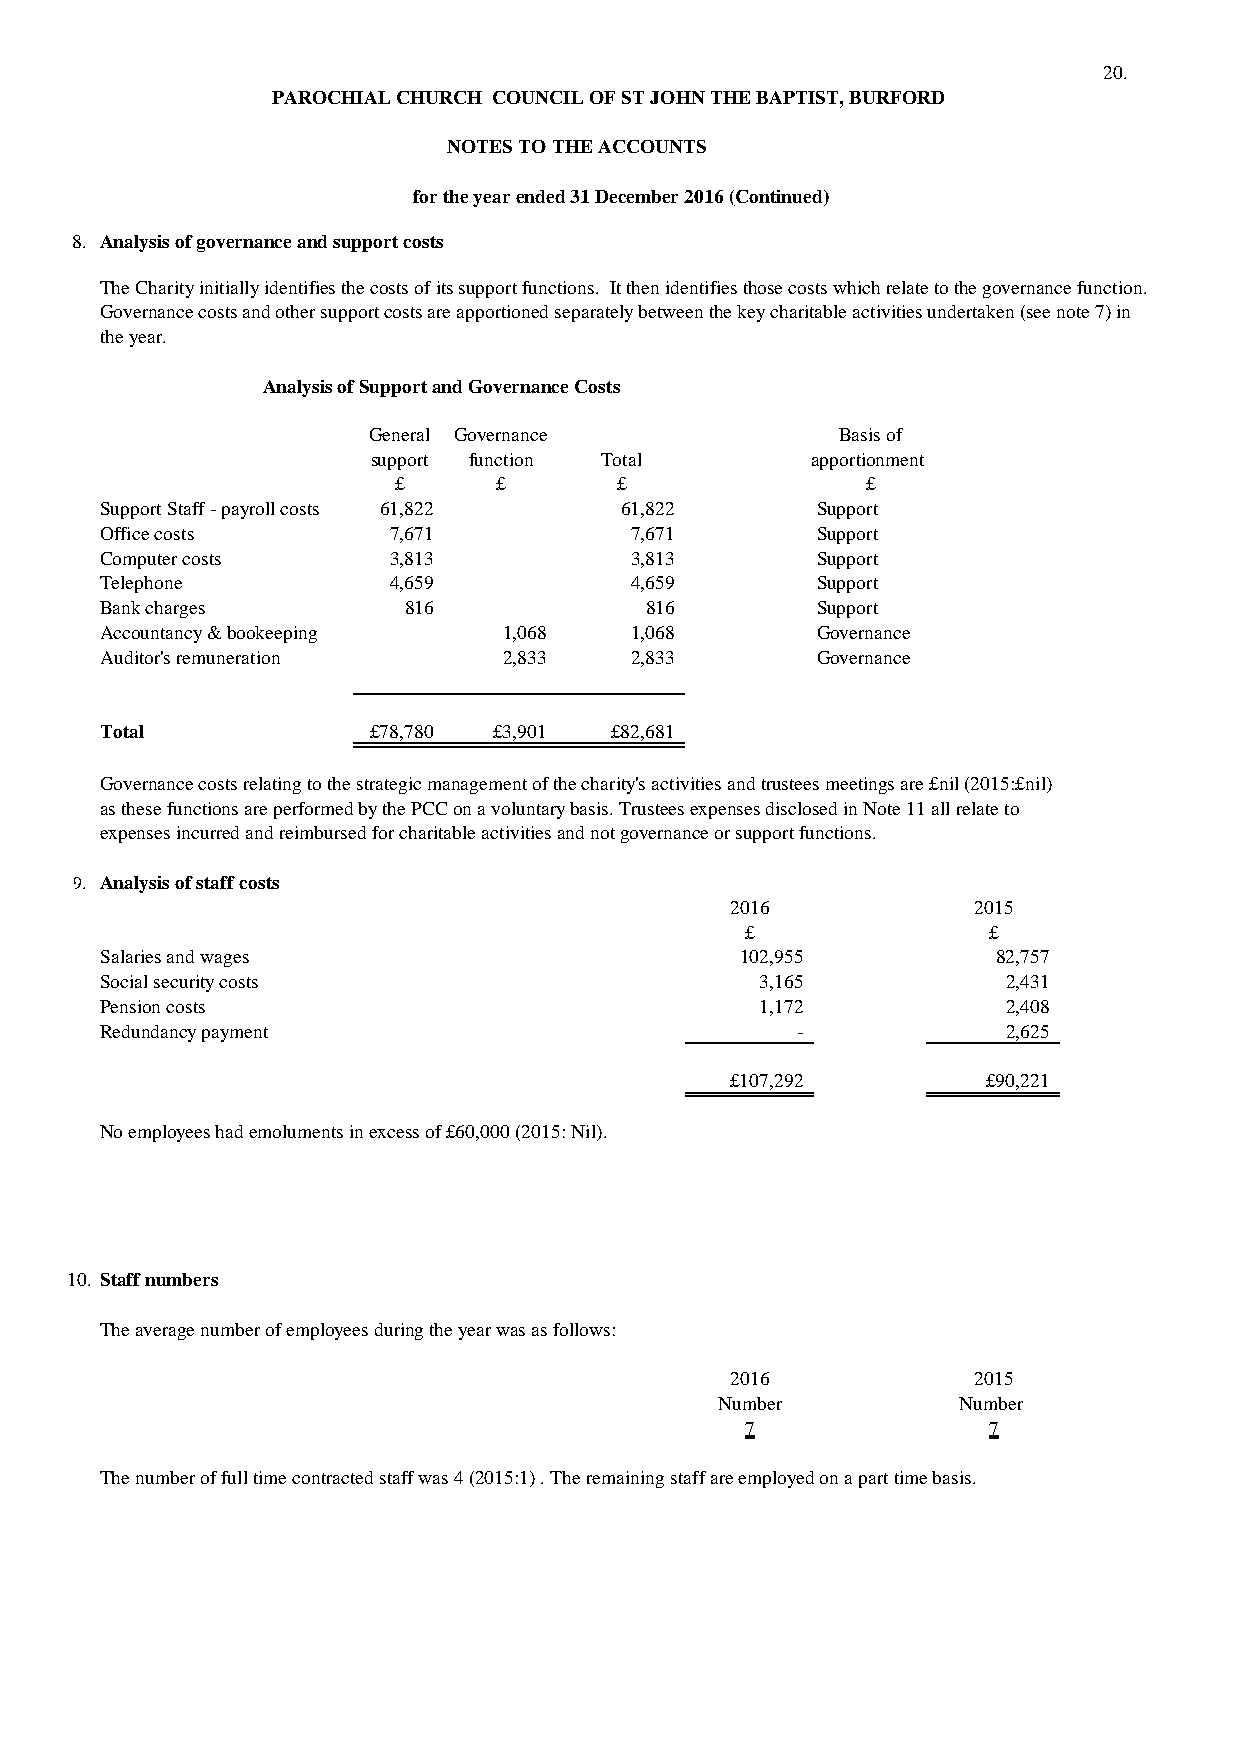
20.
 PAROCHIAL CHURCH COUNCIL OF ST JOHN THE BAPTIST, BURFORD
 NOTES TO THE ACCOUNTS
 for the year ended 31 December 2016 (Continued)
 8. Analysis of governance and support costs
 The Charity initially identifies the costs of its support functions. It then identifies those costs which relate to the governance function.
 Governance costs and other support costs are apportioned separately between the key charitable activities undertaken (see note 7) in
 the year.
 Analysis of Support and Governance Costs
 General Governance             Basis of
 support function Total       apportionment
 £      £       £               £
 Support Staff - payroll costs 61,822 61,822    Support
 Office costs       7,671           7,671       Support
 Computer costs     3,813           3,813       Support
 Telephone          4,659           4,659       Support
 Bank charges        816             816        Support
 Accountancy & bookeeping  1,068    1,068       Governance
 Auditor's remuneration    2,833    2,833       Governance
 Total             £78,780 £3,901 £82,681
 Governance costs relating to the strategic management of the charity's activities and trustees meetings are £nil (2015:£nil)
 as these functions are performed by the PCC on a voluntary basis. Trustees expenses disclosed in Note 11 all relate to
 expenses incurred and reimbursed for charitable activities and not governance or support functions.
 9. Analysis of staff costs
 2016            2015
 £               £
 Salaries and wages                        102,955          82,757
 Social security costs                      3,165            2,431
 Pension costs                              1,172            2,408
 Redundancy payment                            -             2,625
 £107,292         £90,221
 No employees had emoluments in excess of £60,000 (2015: Nil).
 10. Staff numbers
 The average number of employees during the year was as follows:
 2016            2015
 Number         Number
 7               7
 The number of full time contracted staff was 4 (2015:1) . The remaining staff are employed on a part time basis.